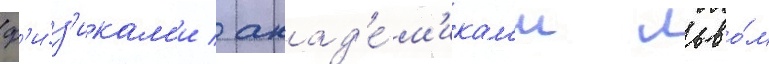
ф'и́з'икам'и / акад'е́м'икам'и льво́м